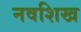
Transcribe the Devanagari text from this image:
नवशिख